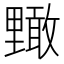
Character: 𮡜